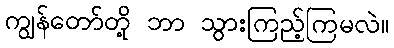
ကျွန်တော်တို့ ဘာ သွားကြည့်ကြမလဲ။